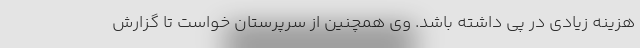
هزینه زیادی در پی داشته باشد. وی همچنین از سرپرستان خواست تا گزارش